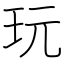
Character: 玩